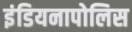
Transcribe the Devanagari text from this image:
इंडियनापोलिस